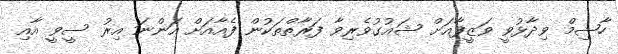
ހާޝިމް ވިދާޅުވީ ވަޒީފާއަށް ޝައުގުވެރިވާ ފަރާތްތަކުން ފެއާއަށް އަންނަ އިރު ސީވީ އާއި